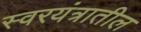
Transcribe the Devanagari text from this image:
स्वरयंत्रातील